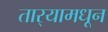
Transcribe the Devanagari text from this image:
तार्‍यामधून